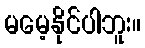
မမေ့နိုင်ပါဘူး။